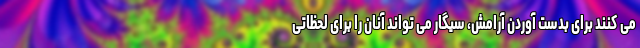
می کنند برای بدست آوردن آرامش، سیگار می تواند آنان را برای لحظاتی